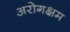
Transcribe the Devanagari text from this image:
अरोगक्षम